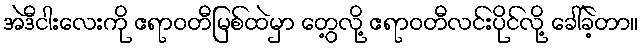
အဲဒီငါးလေးကို ဧရာဝတီမြစ်ထဲမှာ တွေ့လို့ ဧရာဝတီလင်းပိုင်လို့ ခေါ်ခဲ့တာ။